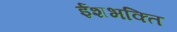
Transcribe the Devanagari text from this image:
ईशभक्ति